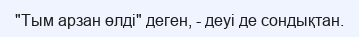
"Тым арзан өлді" деген, - деуі де сондықтан.